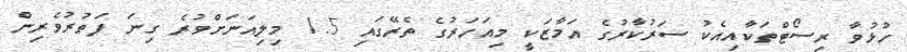
ހުޅުވާ ރިސޯޓްތަކާއިއެކު ސަރުކާރުގެ އަމާޒަކީ މިއަހަރުގެ ތެރޭގައި 1.5 މިލިއަނަށްވުރެ ގިނަ ފަތުރުވެރިން